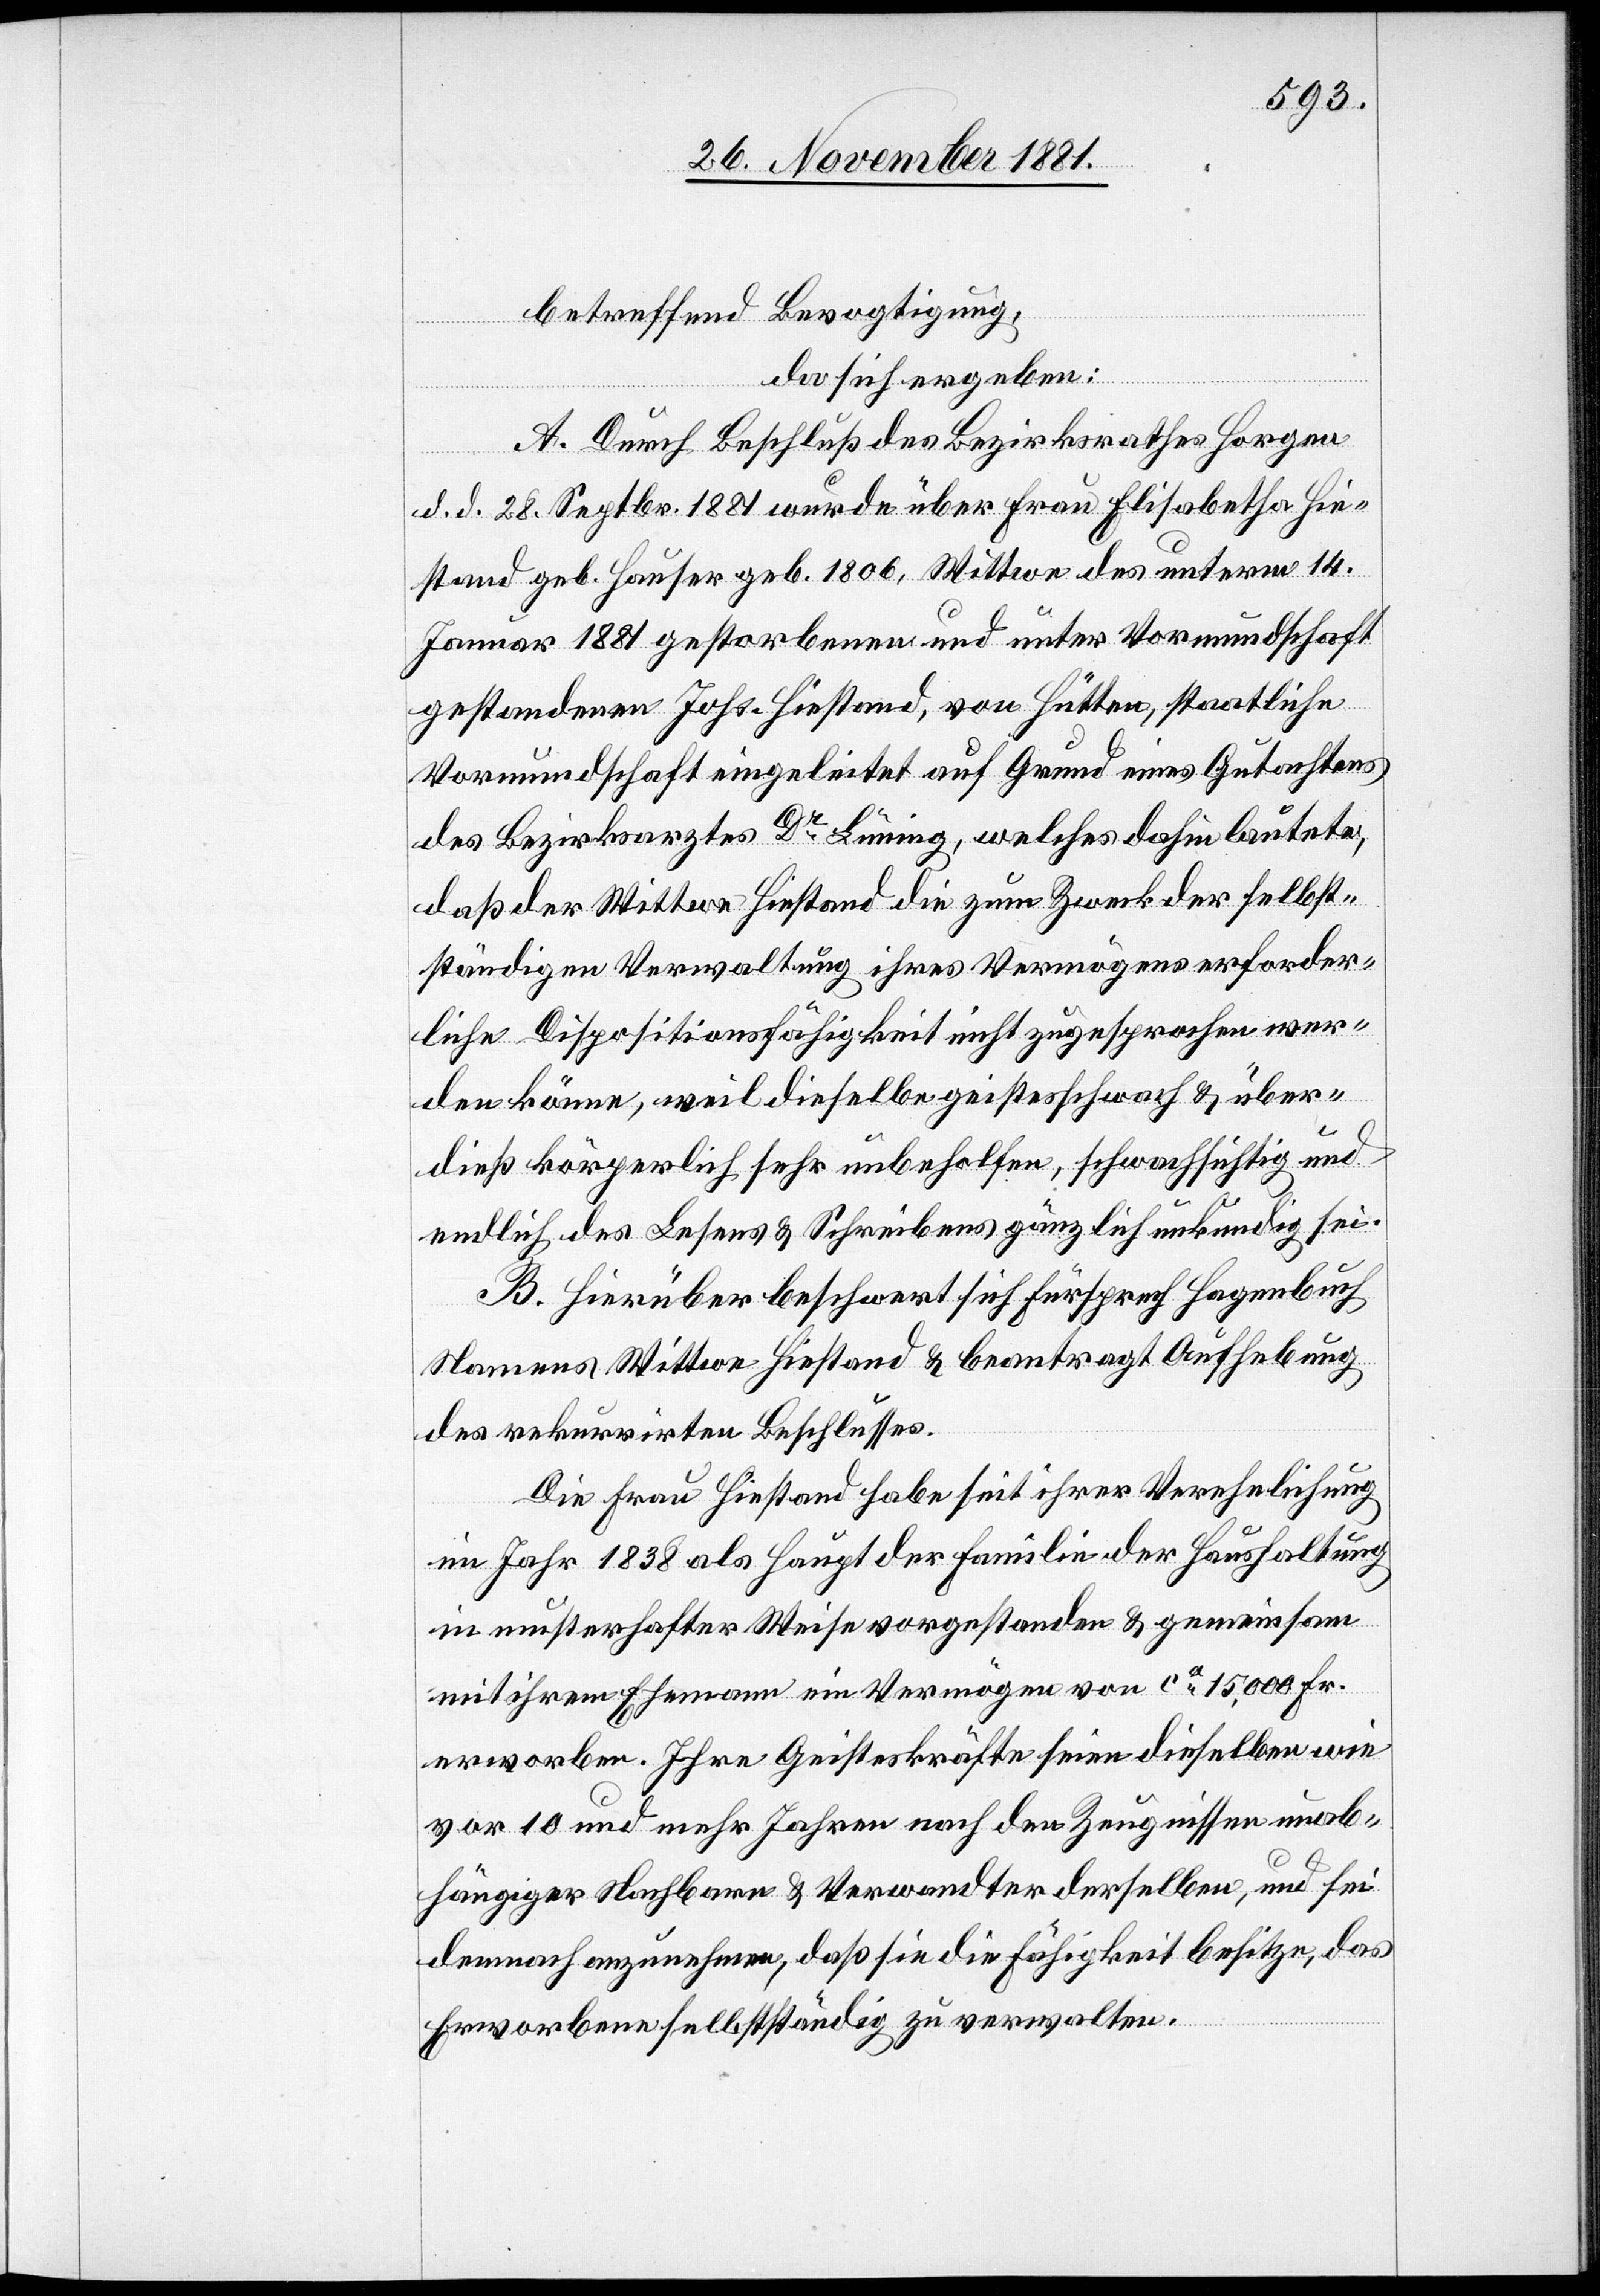
betreffend Bevogtigung,
da sich ergeben:
A. Durch Beschluß des Bezirksrathes Horgen
d. d. 28. Septbr. 1881 wurde über Frau Elisabetha Hiest¬
Januar 1881 gestorbenen und unter Vormundschaft
gestandenen Johs. Hiestand, von Hütten, staatliche
Vormundschaft eingeleitet auf Grund eines Gutachtens
des Bezirksarztes Dr Lüning, welches dahin lautete,
daß der Wittwe Hiestand die zum Zweck der selbst¬
ständigen Verwaltung ihres Vermögens erforder¬
liche Dispositionsfähigkeit nicht zugesprochen wer¬
den könne, weil dieselbe geistesschwach & über¬
dieß körperlich sehr unbeholfen, schwachsichtig und
endlich des Lesens & Schreibens gänzlich unkundig sei.
B. Hierüber beschwert sich Fürsprech Hagenbuch
Namens Wittwe Hiestand & beantragt Aufhebung
des rekurrirten Beschlusses.
Die Frau Hiestand habe seit ihrer Verehelichung
im Jahr 1838 als Haupt der Familie der Haushaltung
and
in musterhafter Weise vorgestanden & gemeinsam
mit ihrem Ehemann ein Vermögen von ca 15,000 Fr.
erworben. Ihre Geisteskräfte seien dieselben wie
vor 10 und mehr Jahren nach den Zeugnissen unab¬
hängiger Nachbarn & Verwandter derselben, und sei
demnach anzunehmen, daß sie die Fähigkeit besitze, das
Erworbene selbstständig zu verwalten.